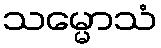
သမ္မောသံ